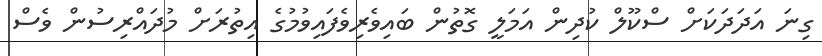
ގިނަ އަދަދަކަށް ސްކޫލް ކުދިން އަމަލީ ގޮތުން ބައިވެރިވެފައިވުމުގެ އިތުރަށް މުދައްރިސުން ވެސް